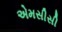
એમસીસી